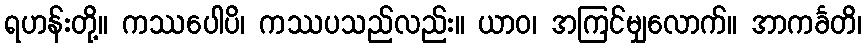
ရဟန်းတို့။ ကဿပေါပိ၊ ကဿပသည်လည်း။ ယာဝ၊ အကြင်မျှလောက်။ အာကင်္ခတိ၊